Bréfritari: Þórarinn Stefánsson
Dagsetning: A-1917-01-01
Skrifað á: Vesturheimi

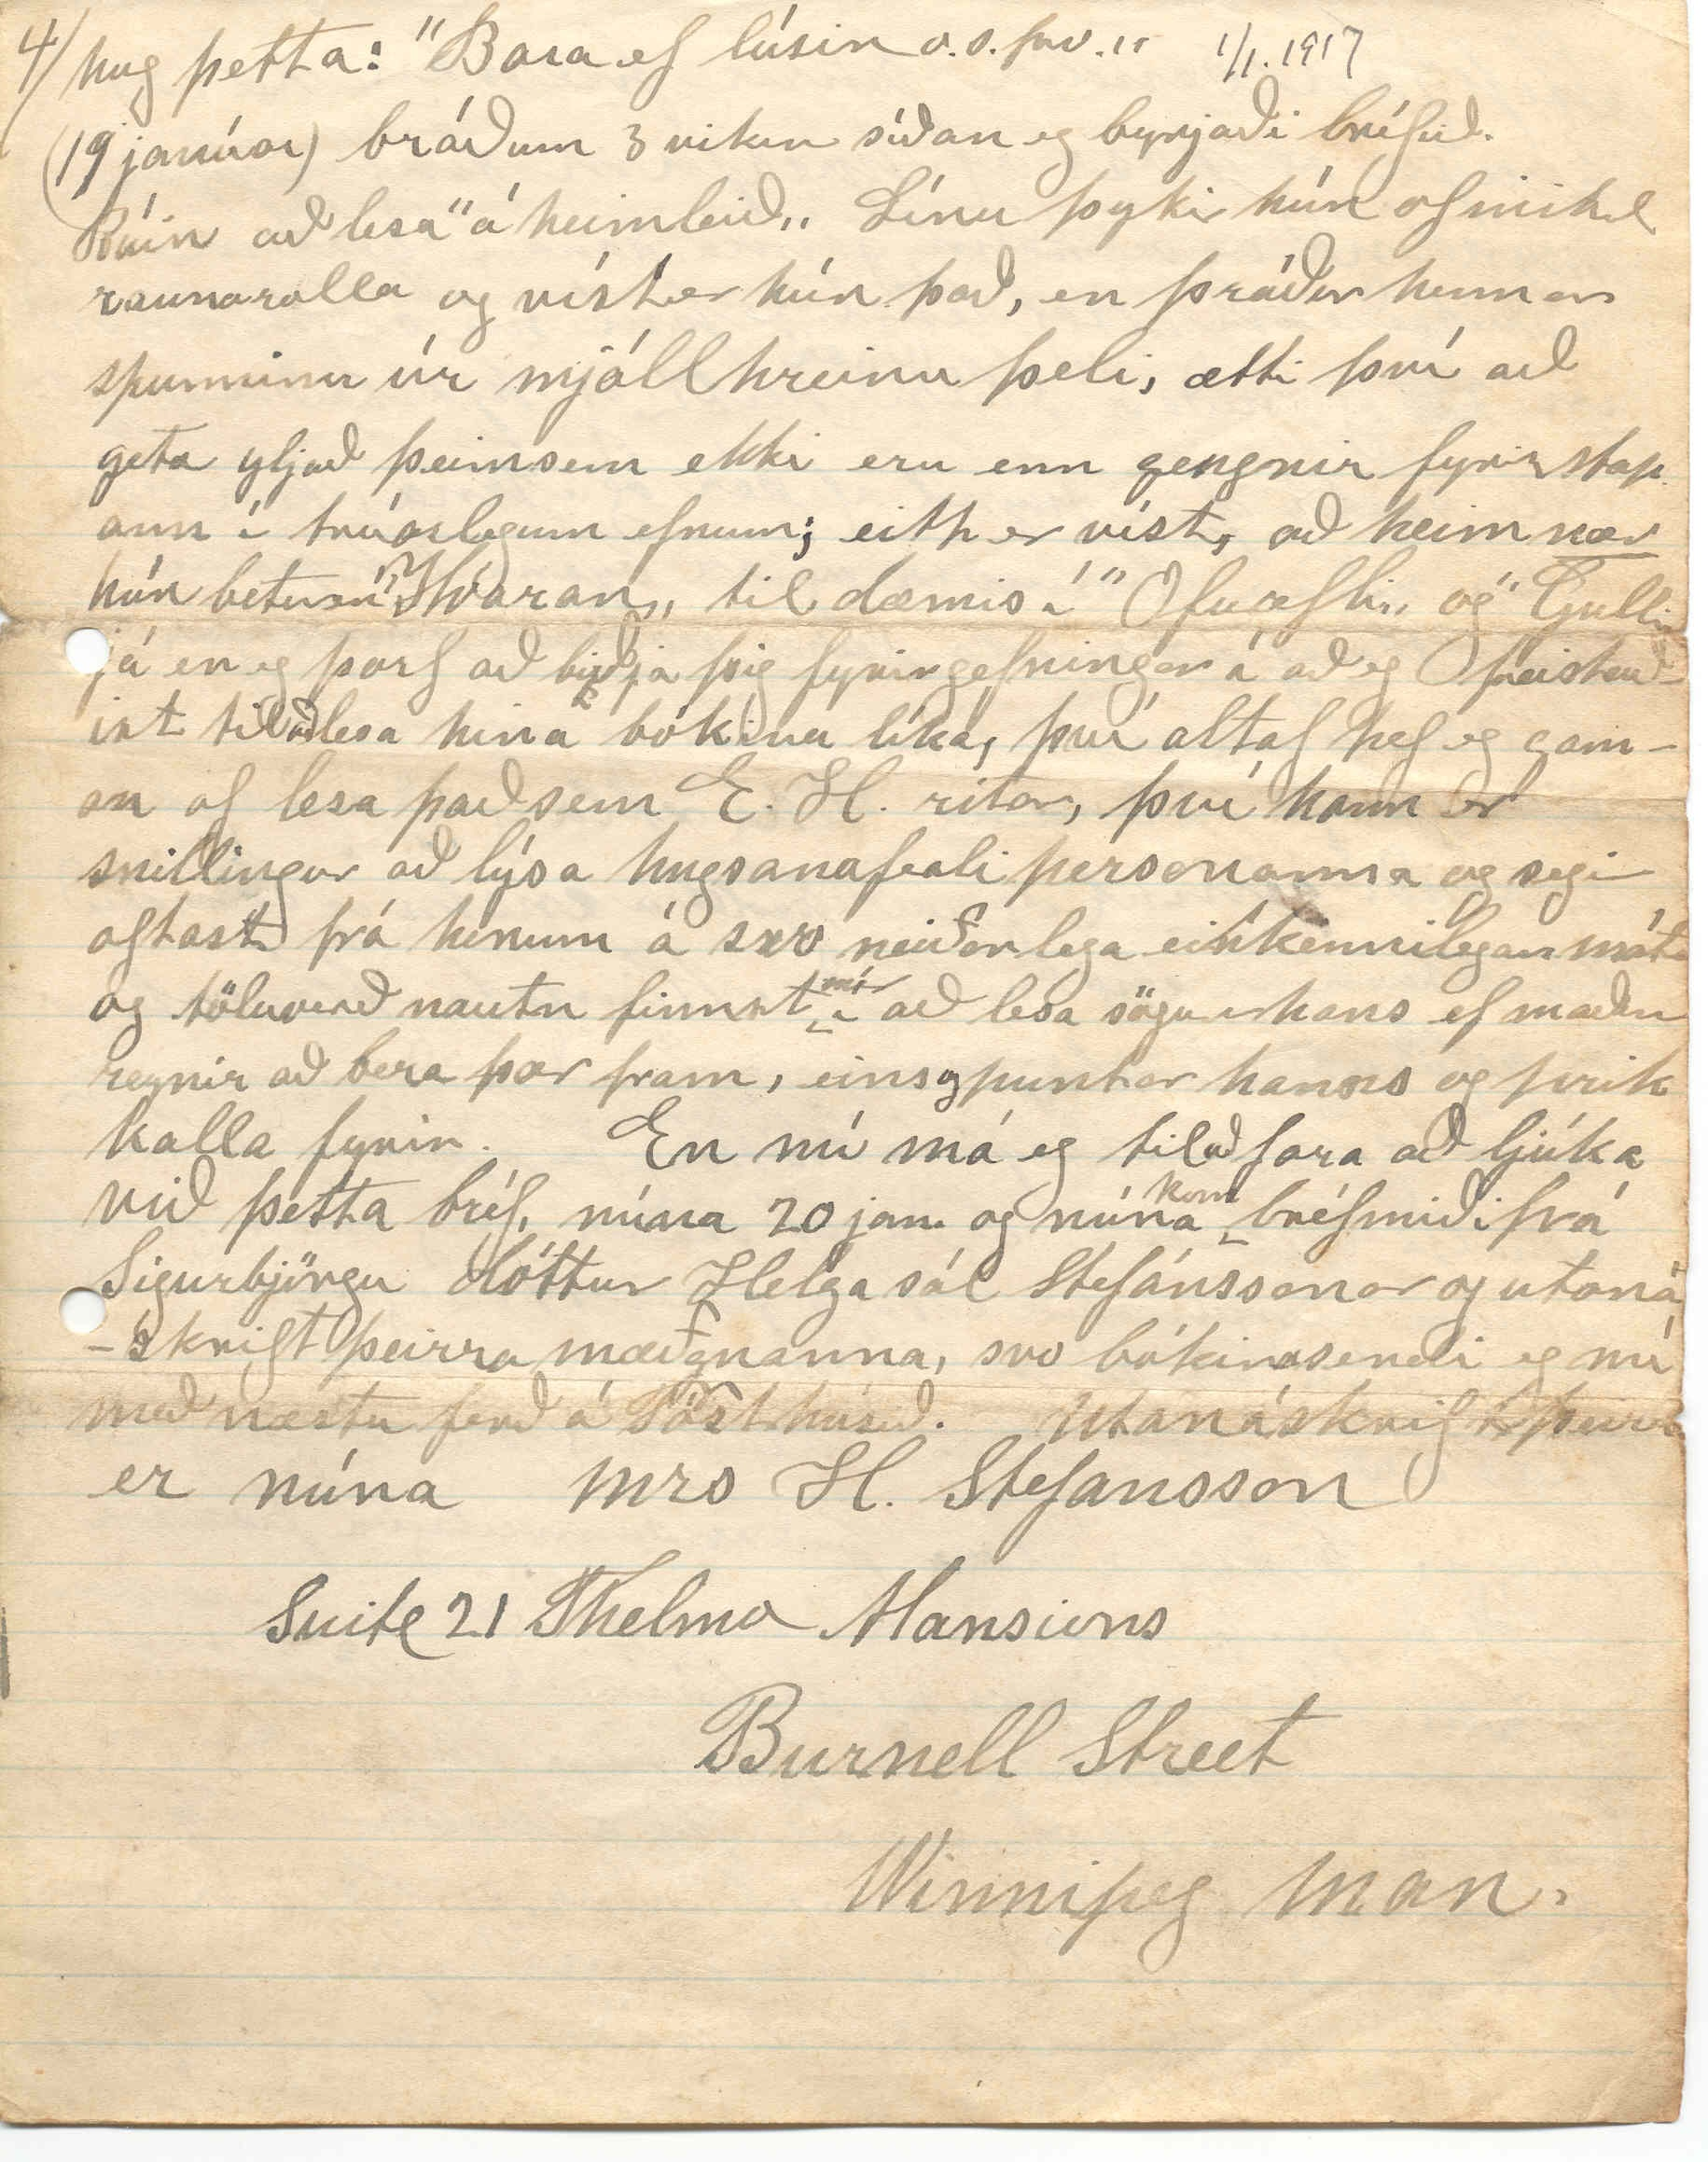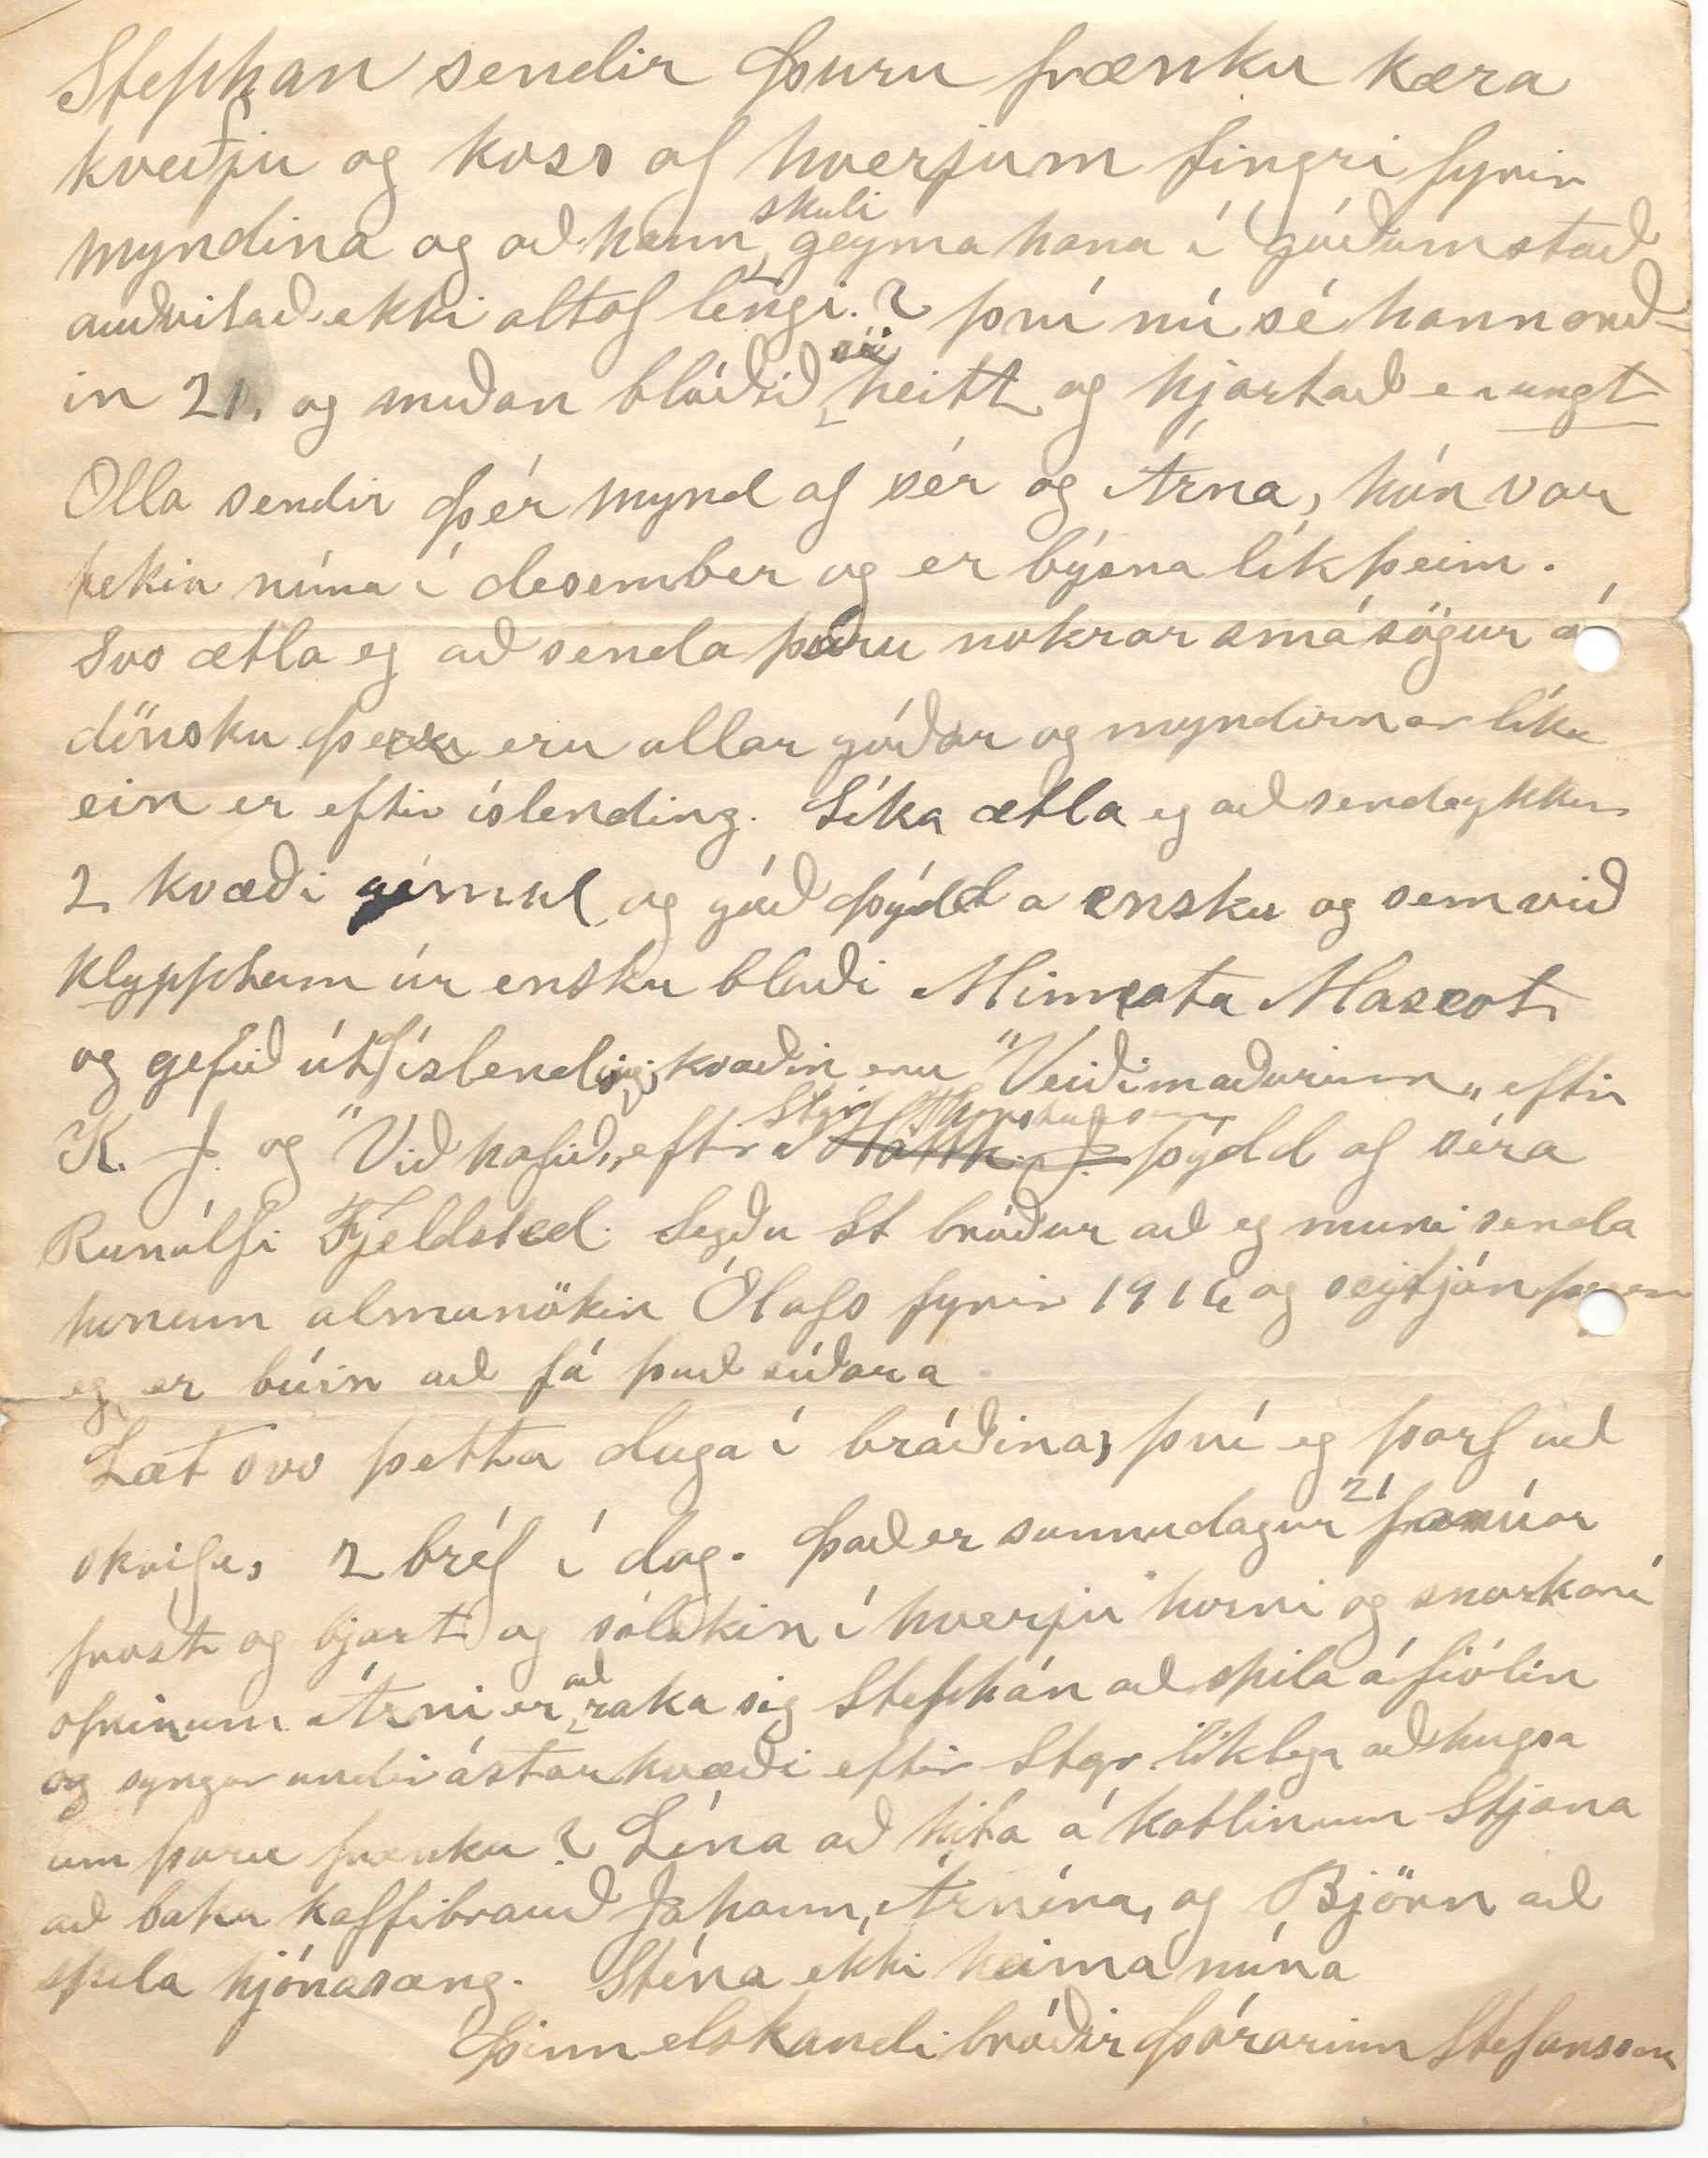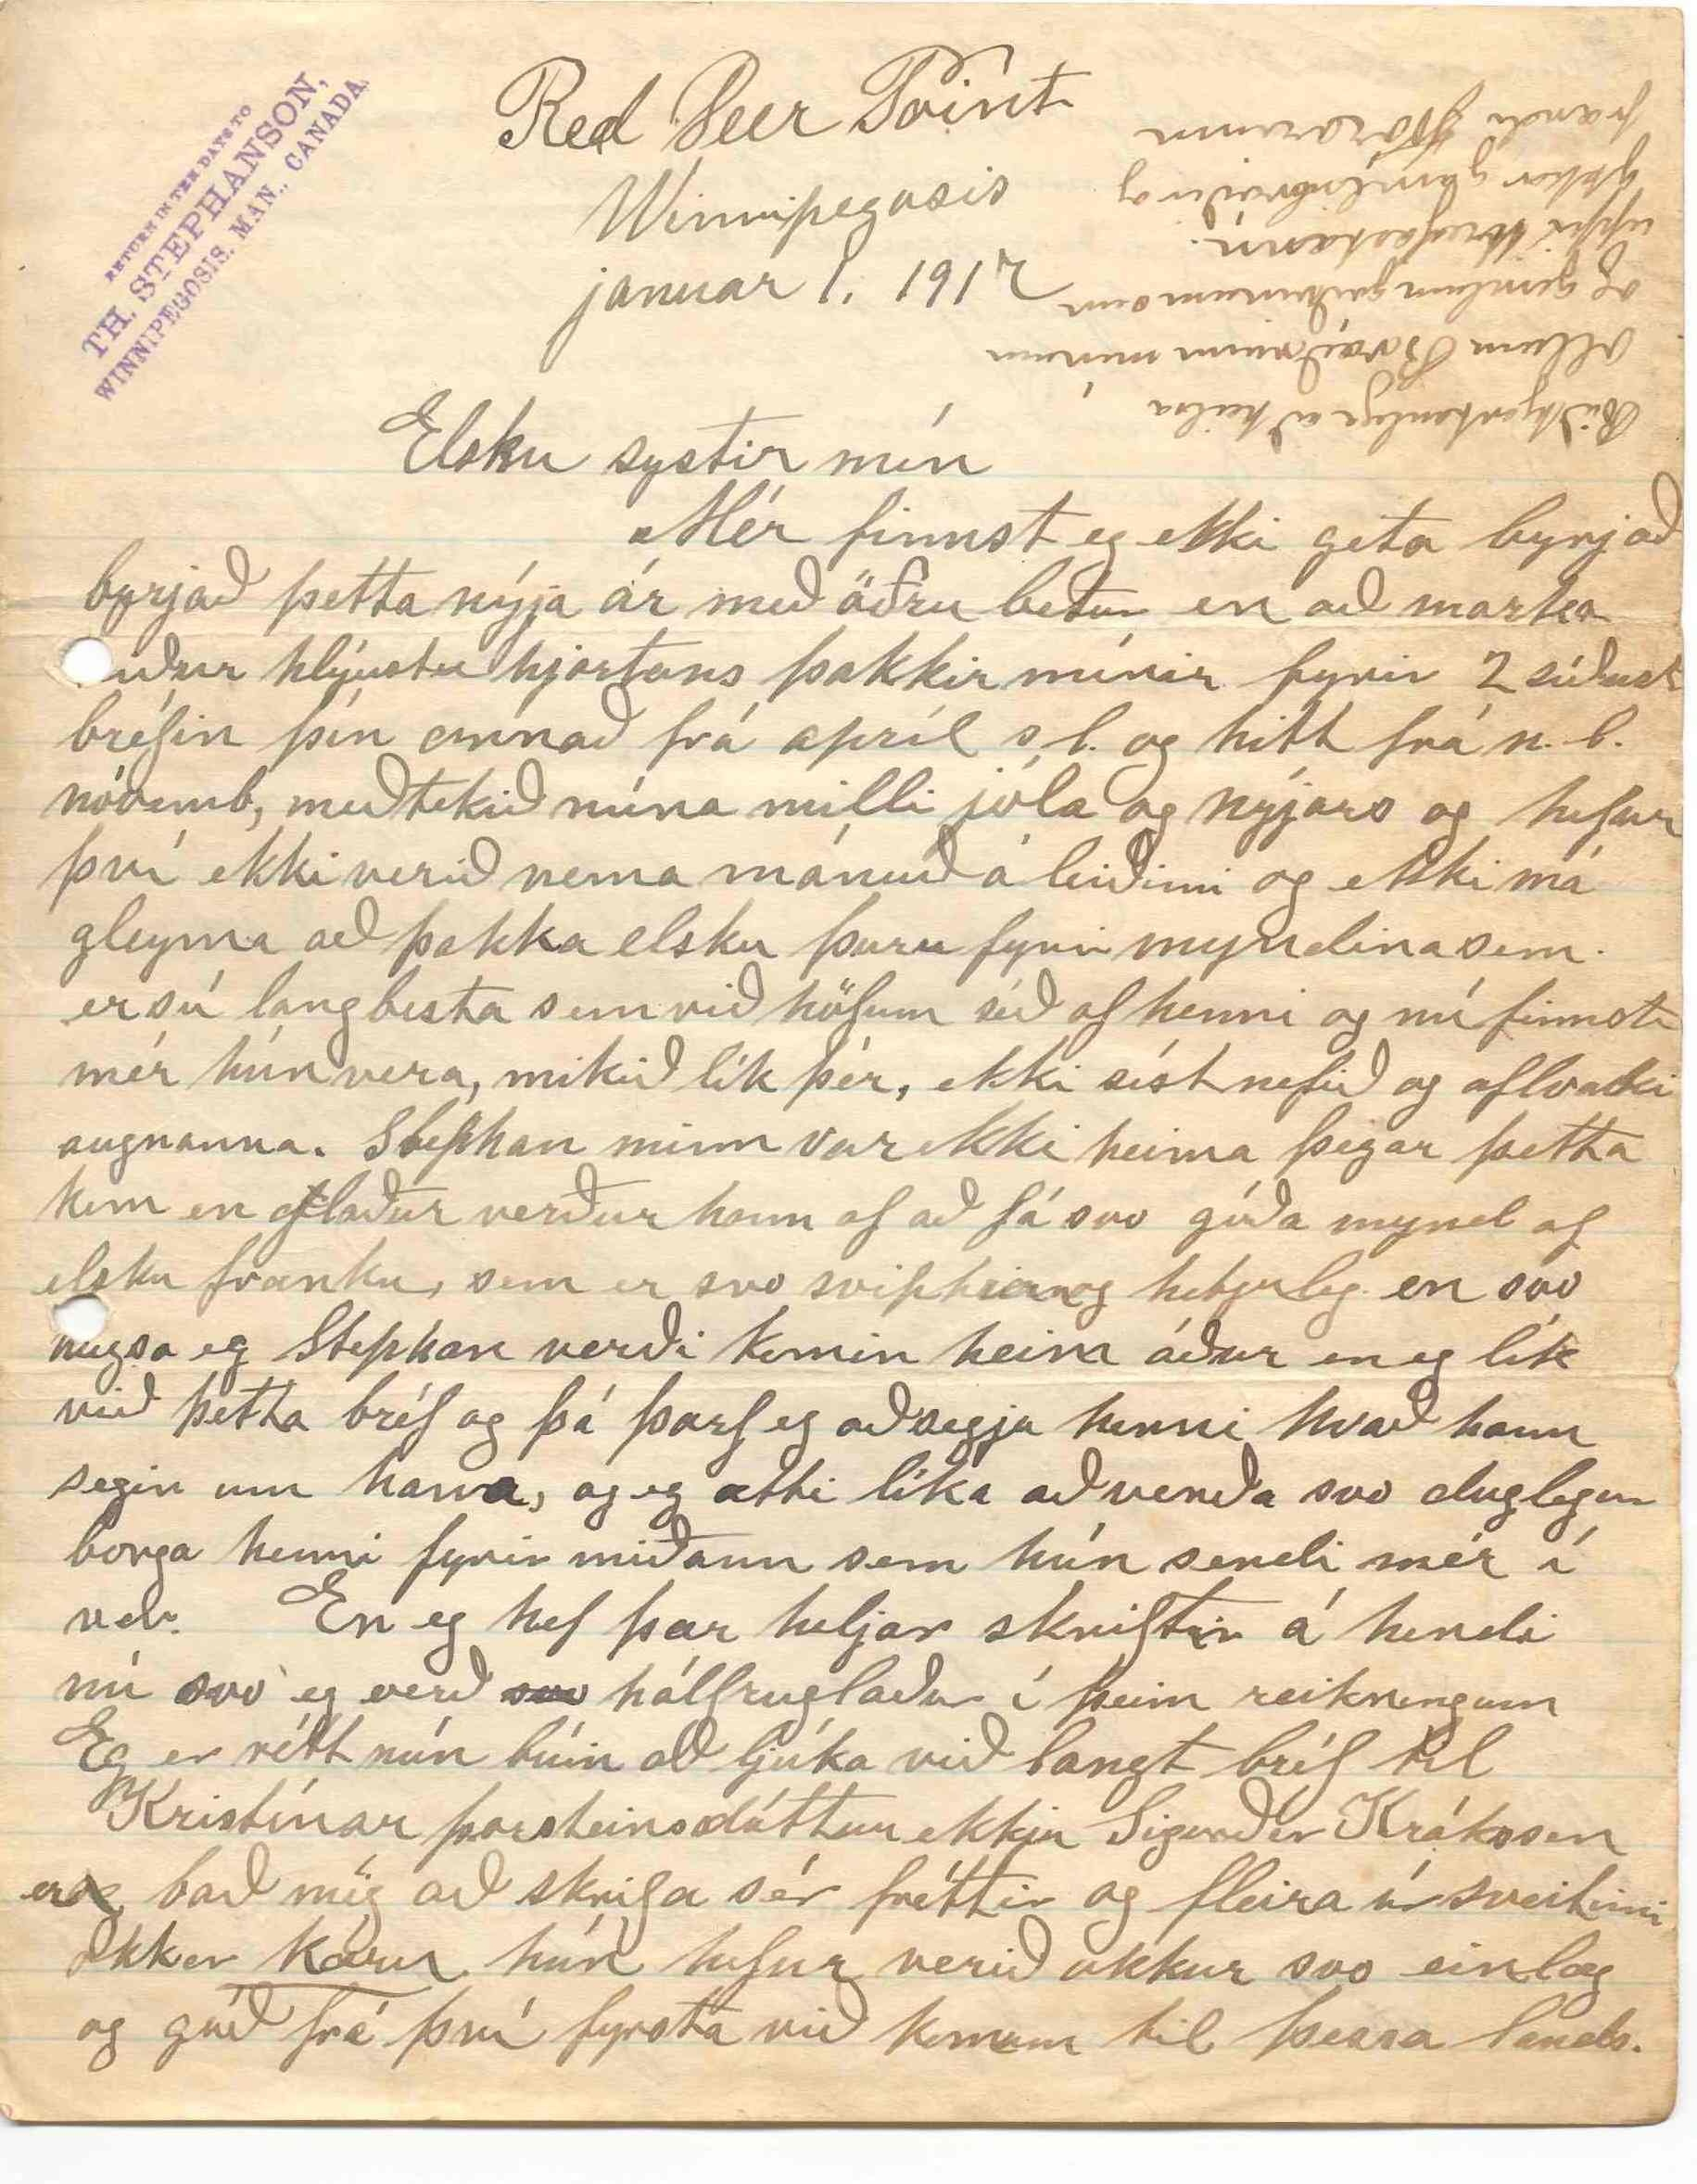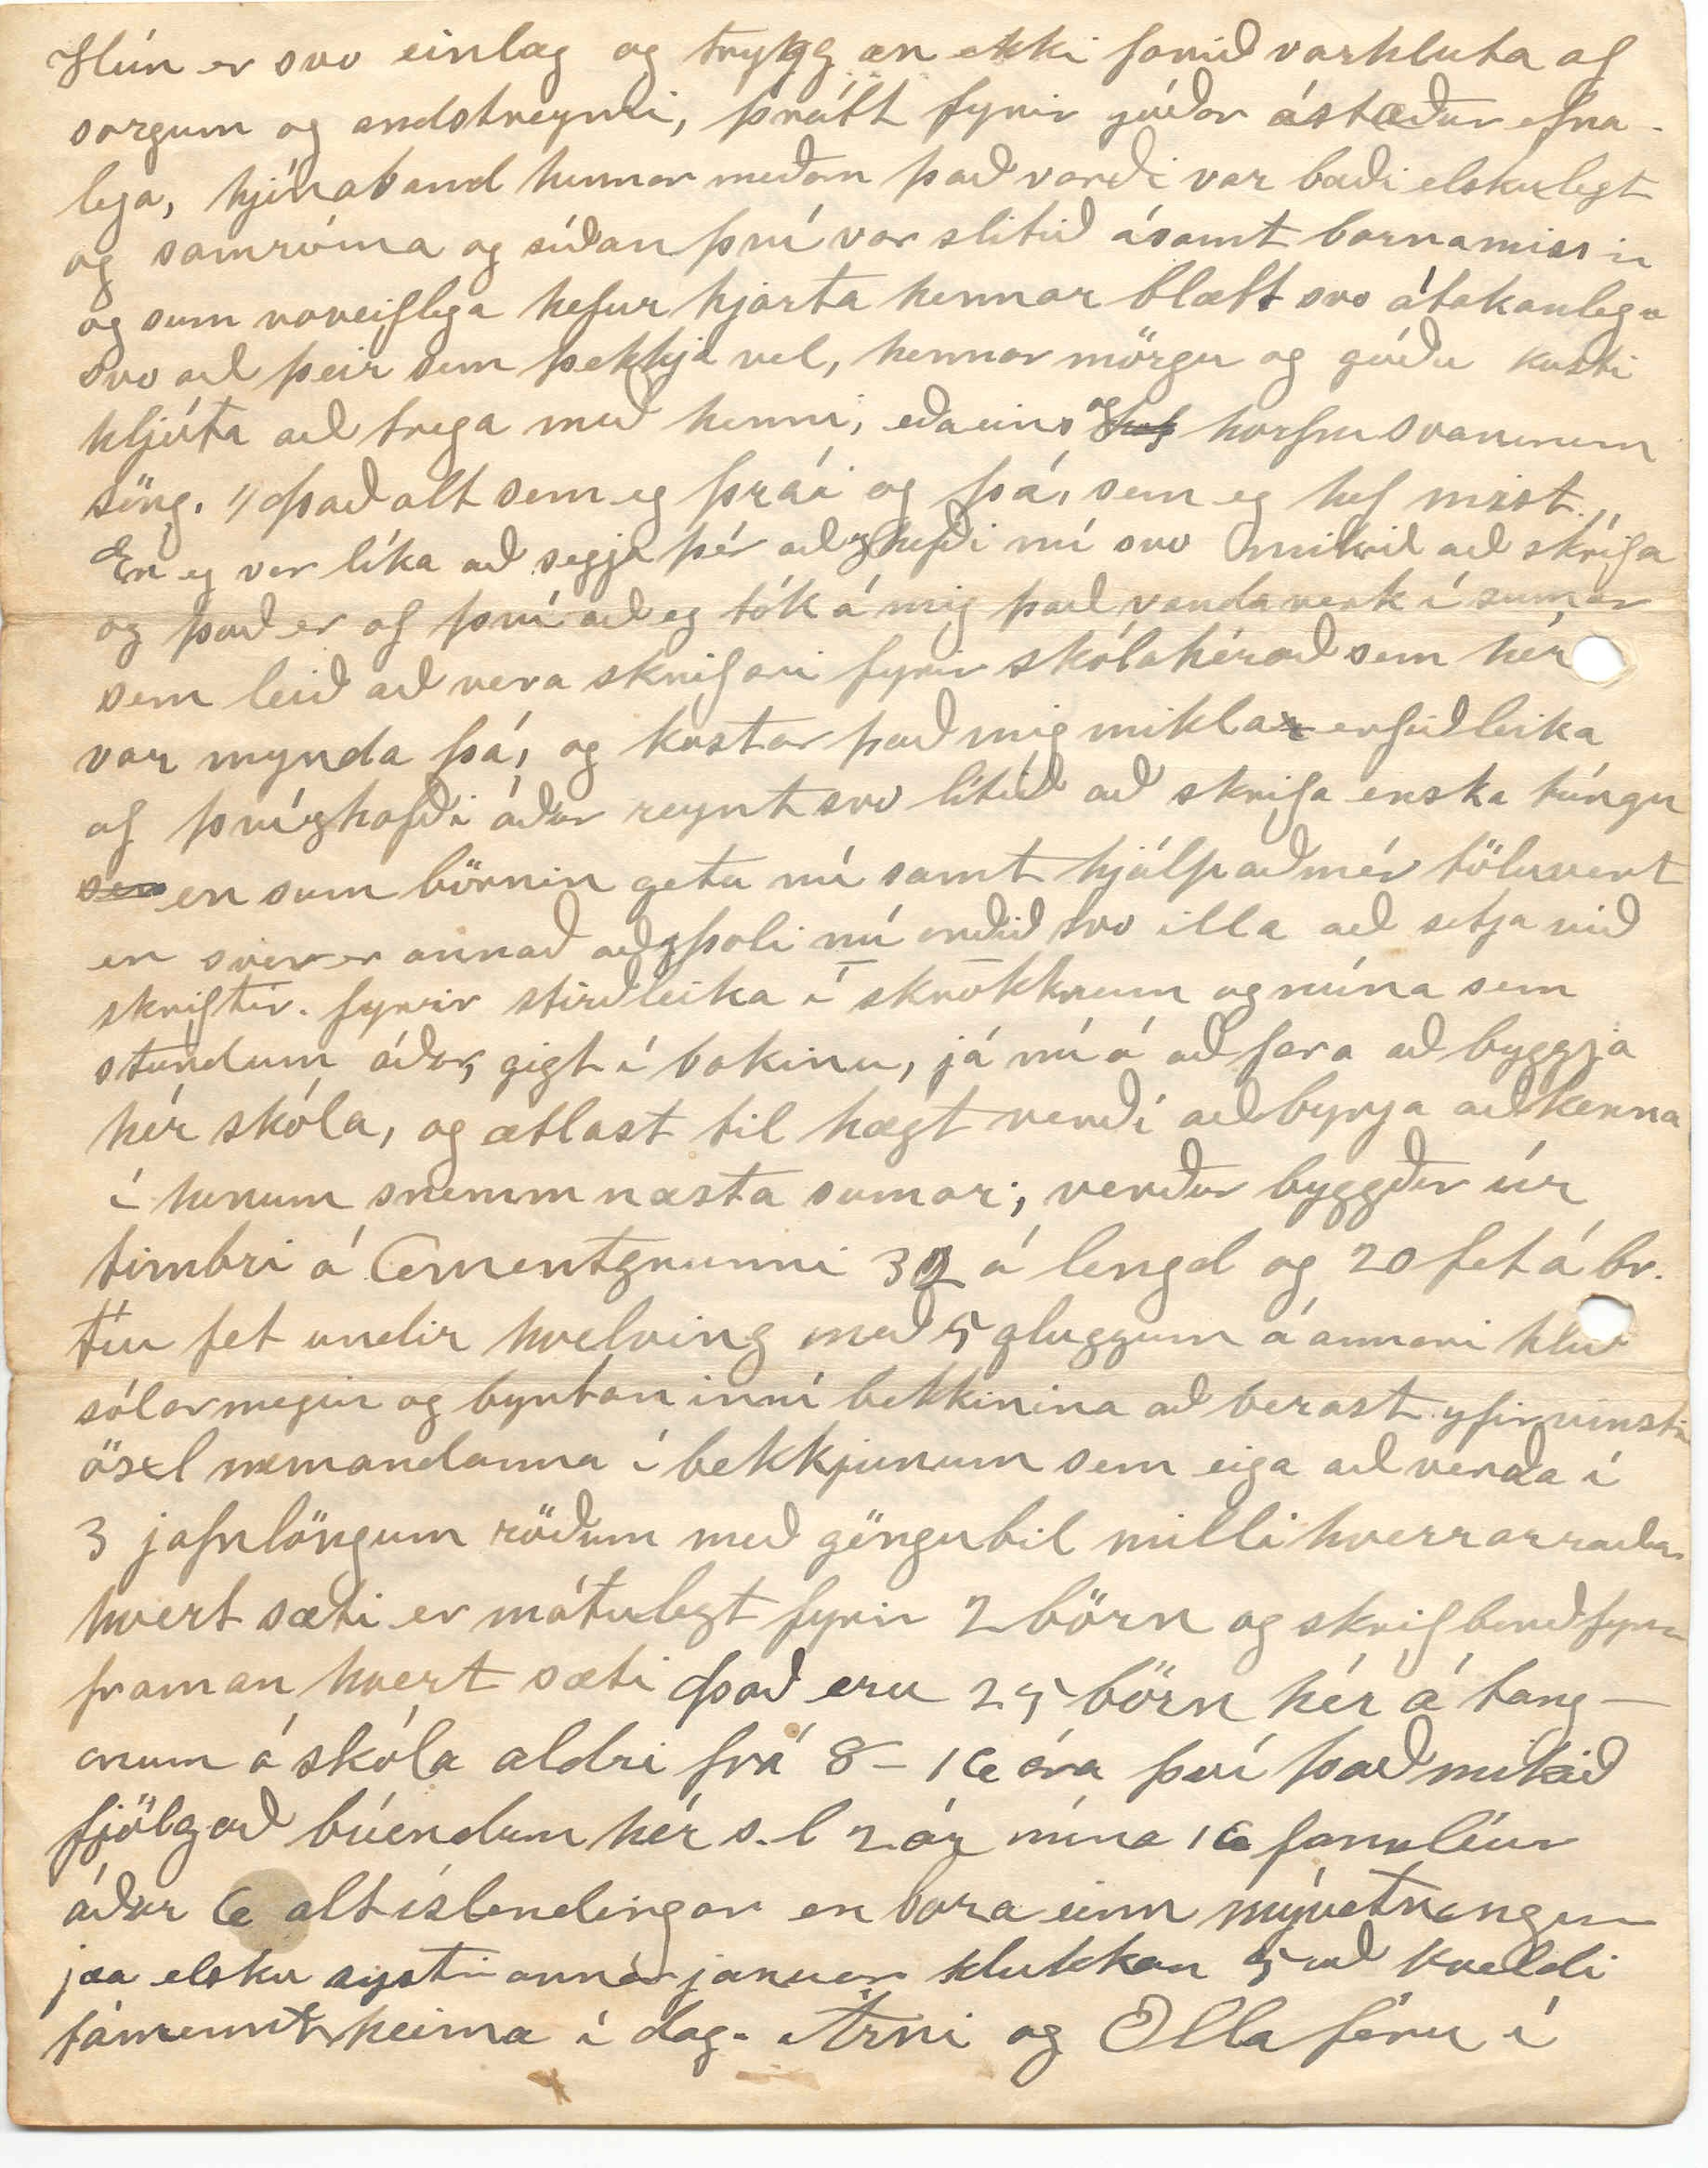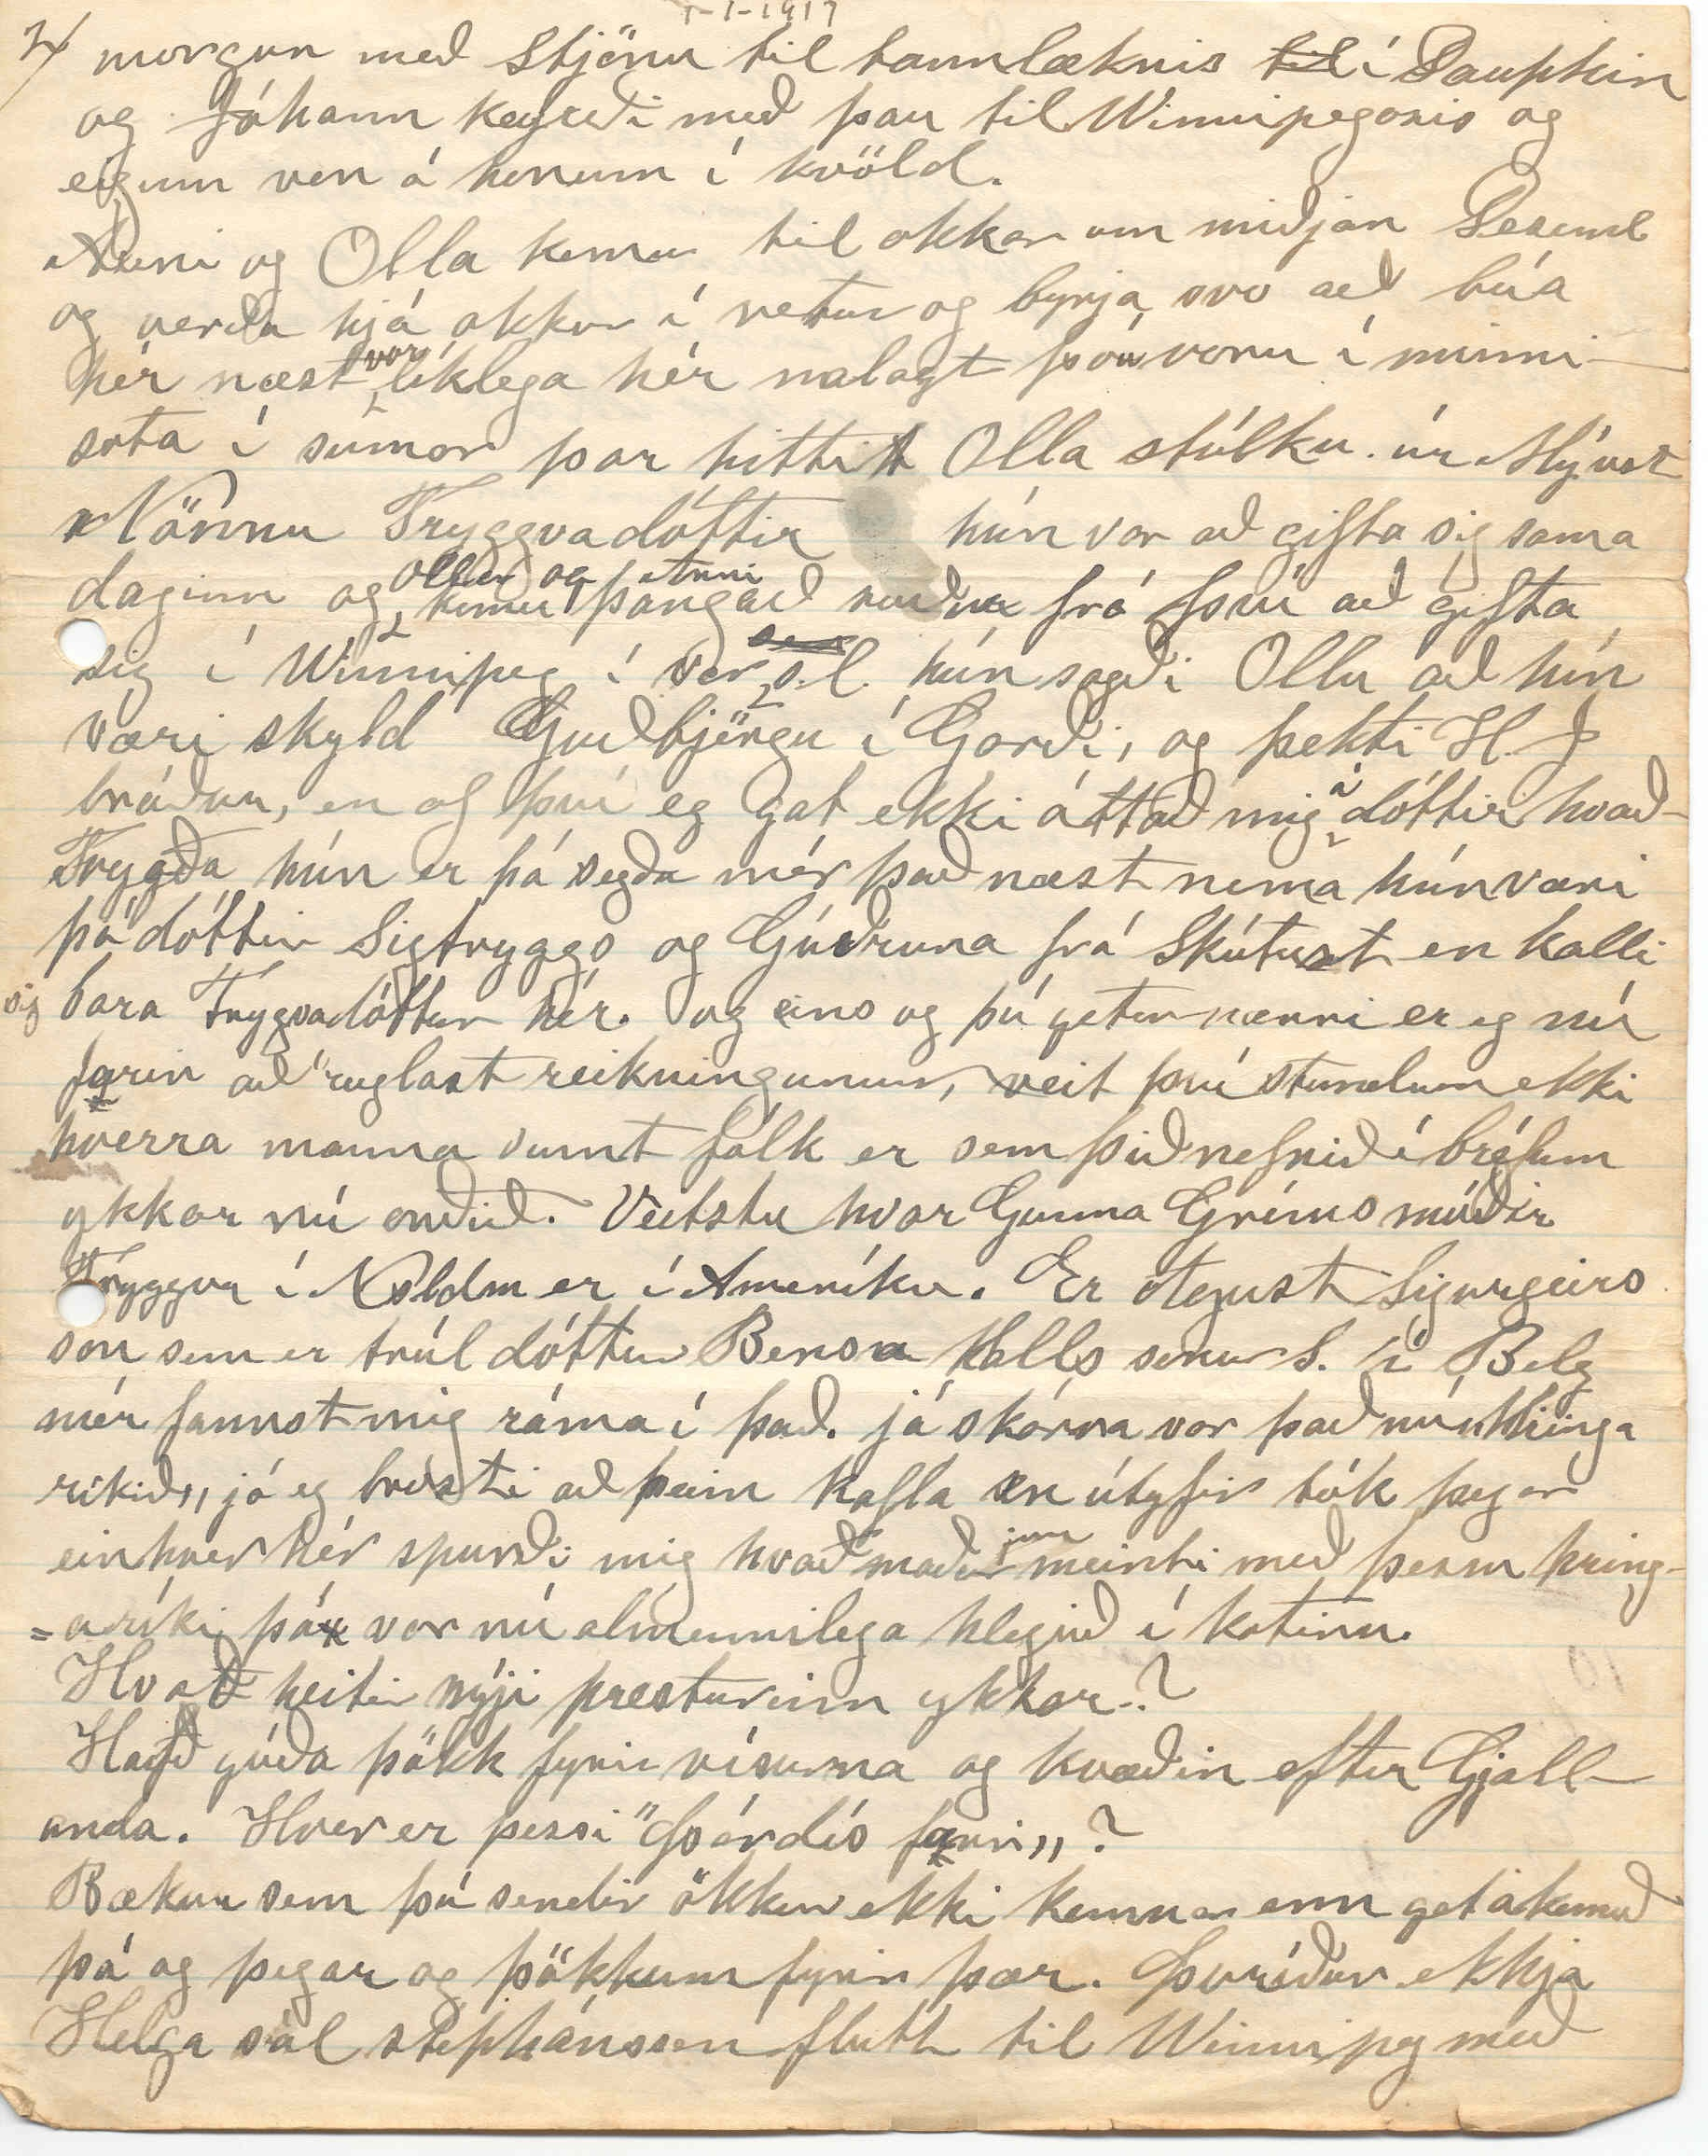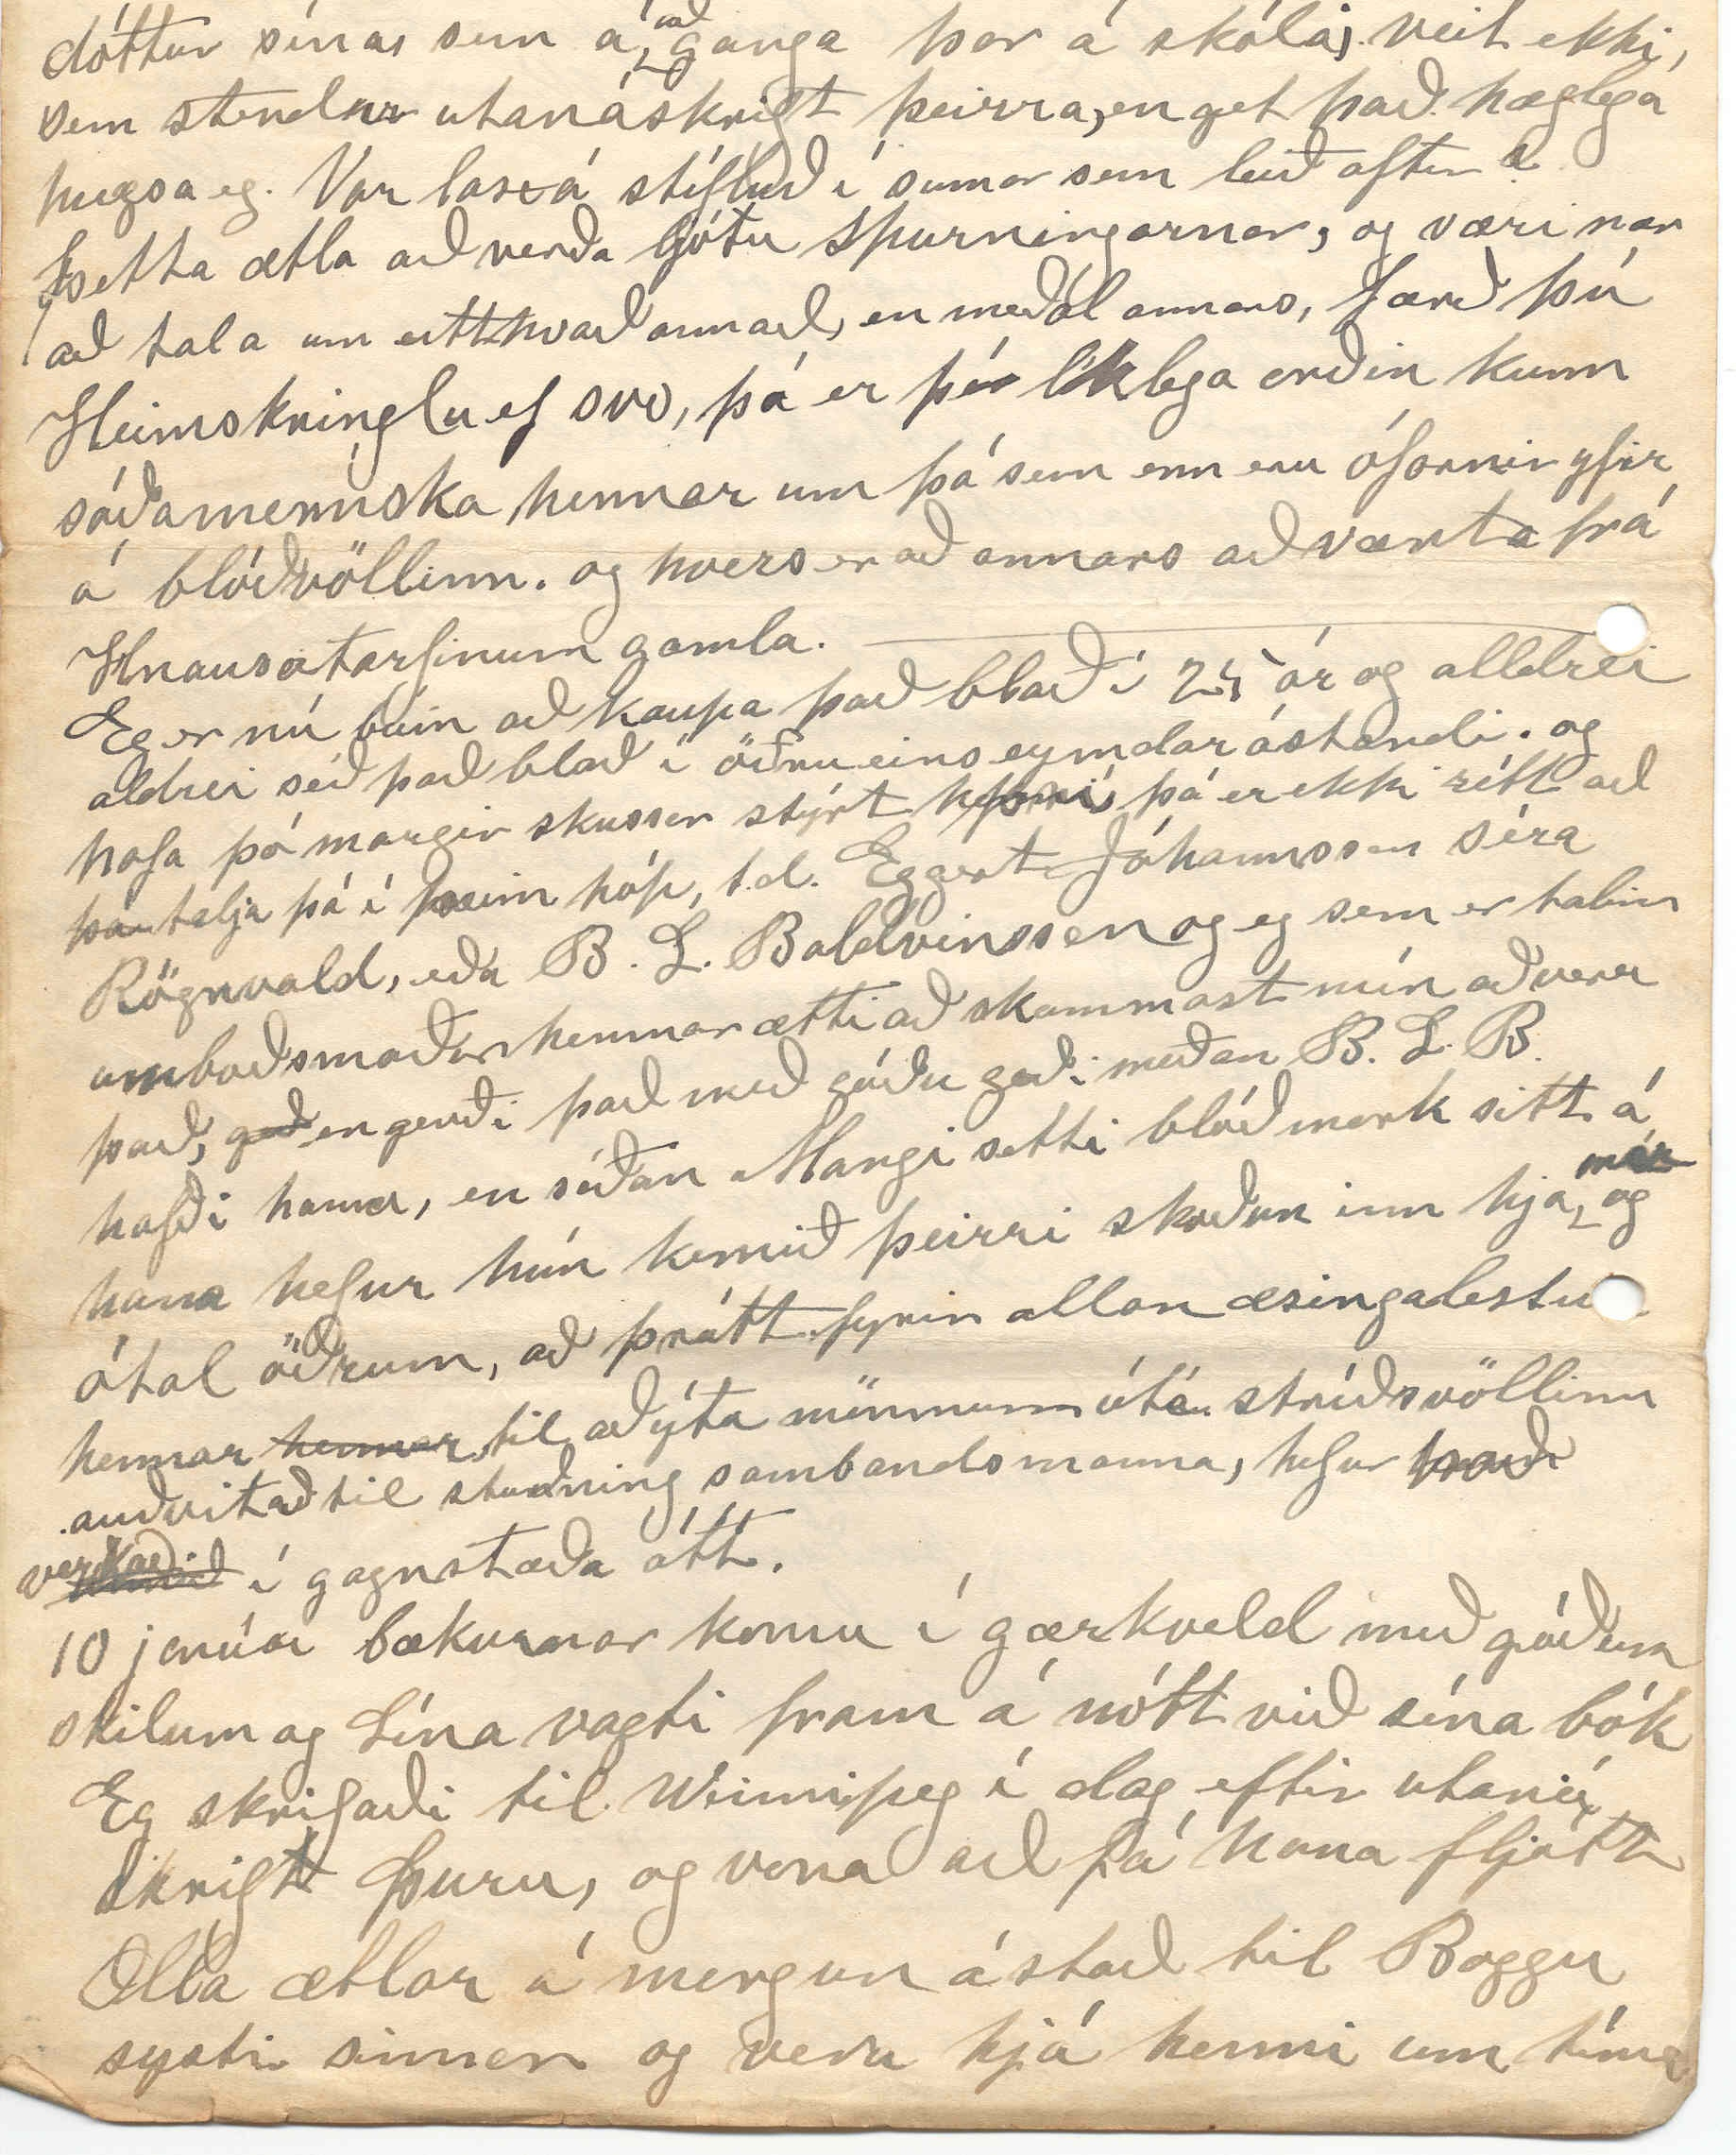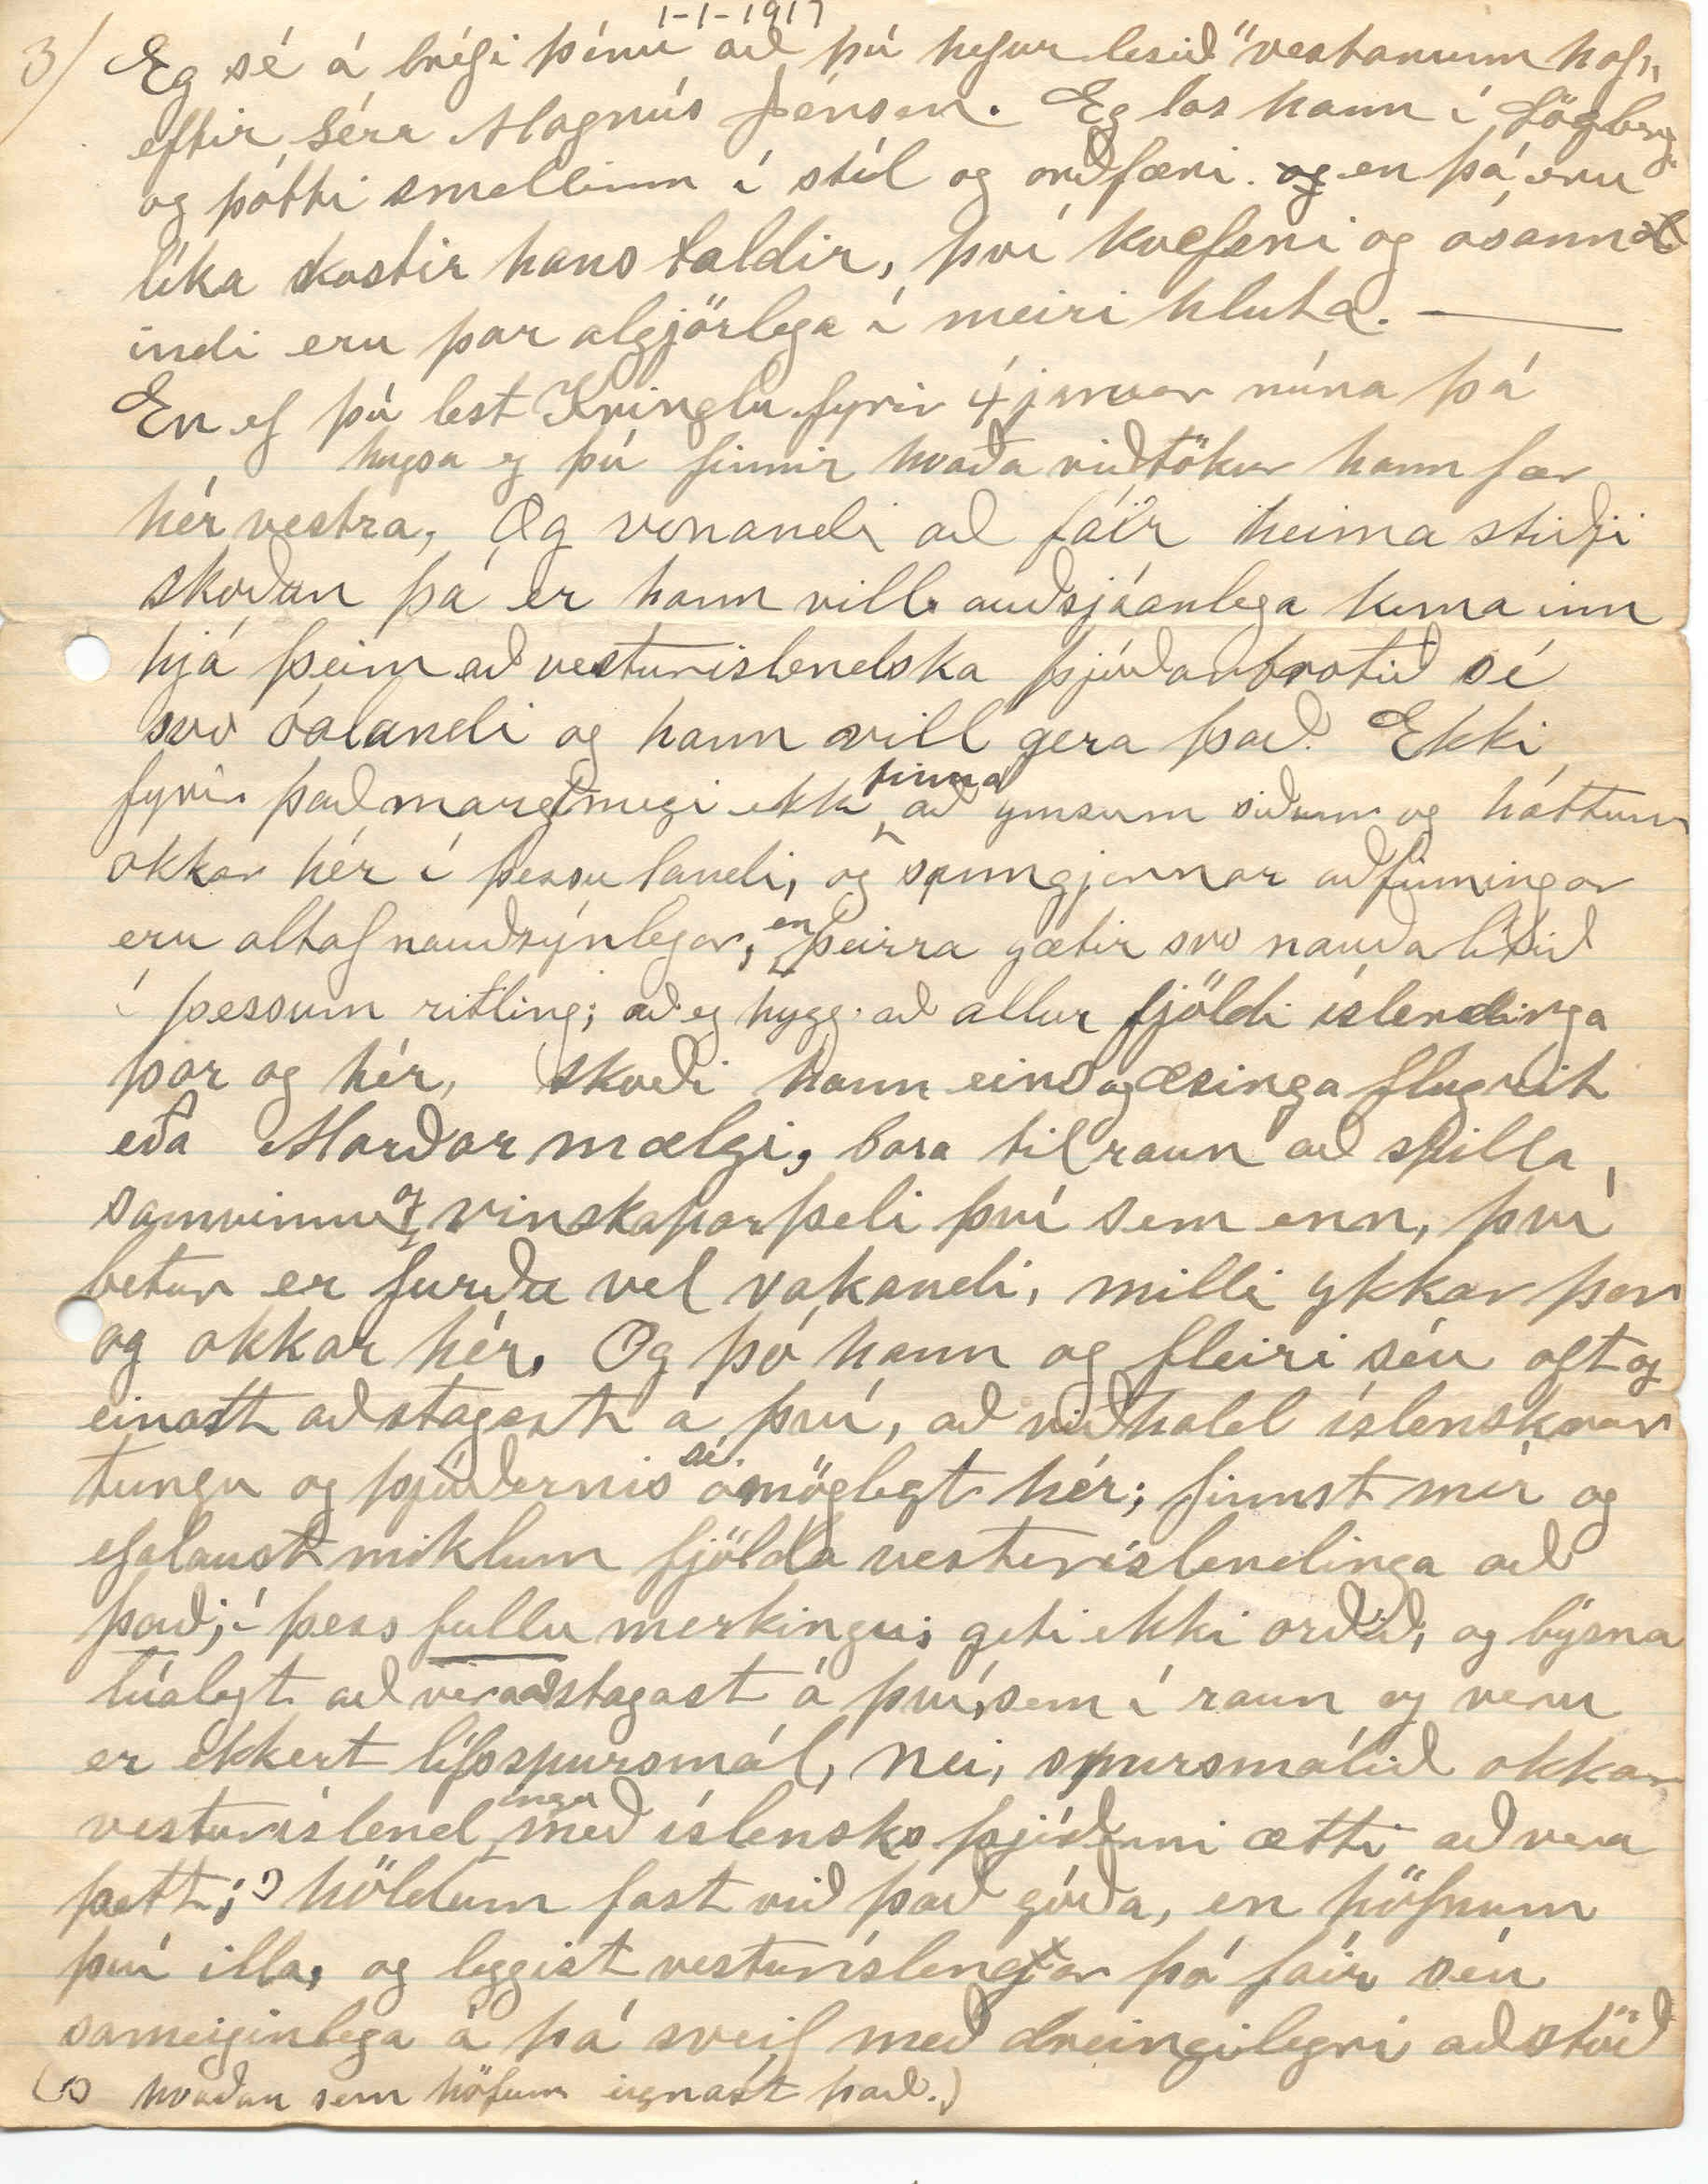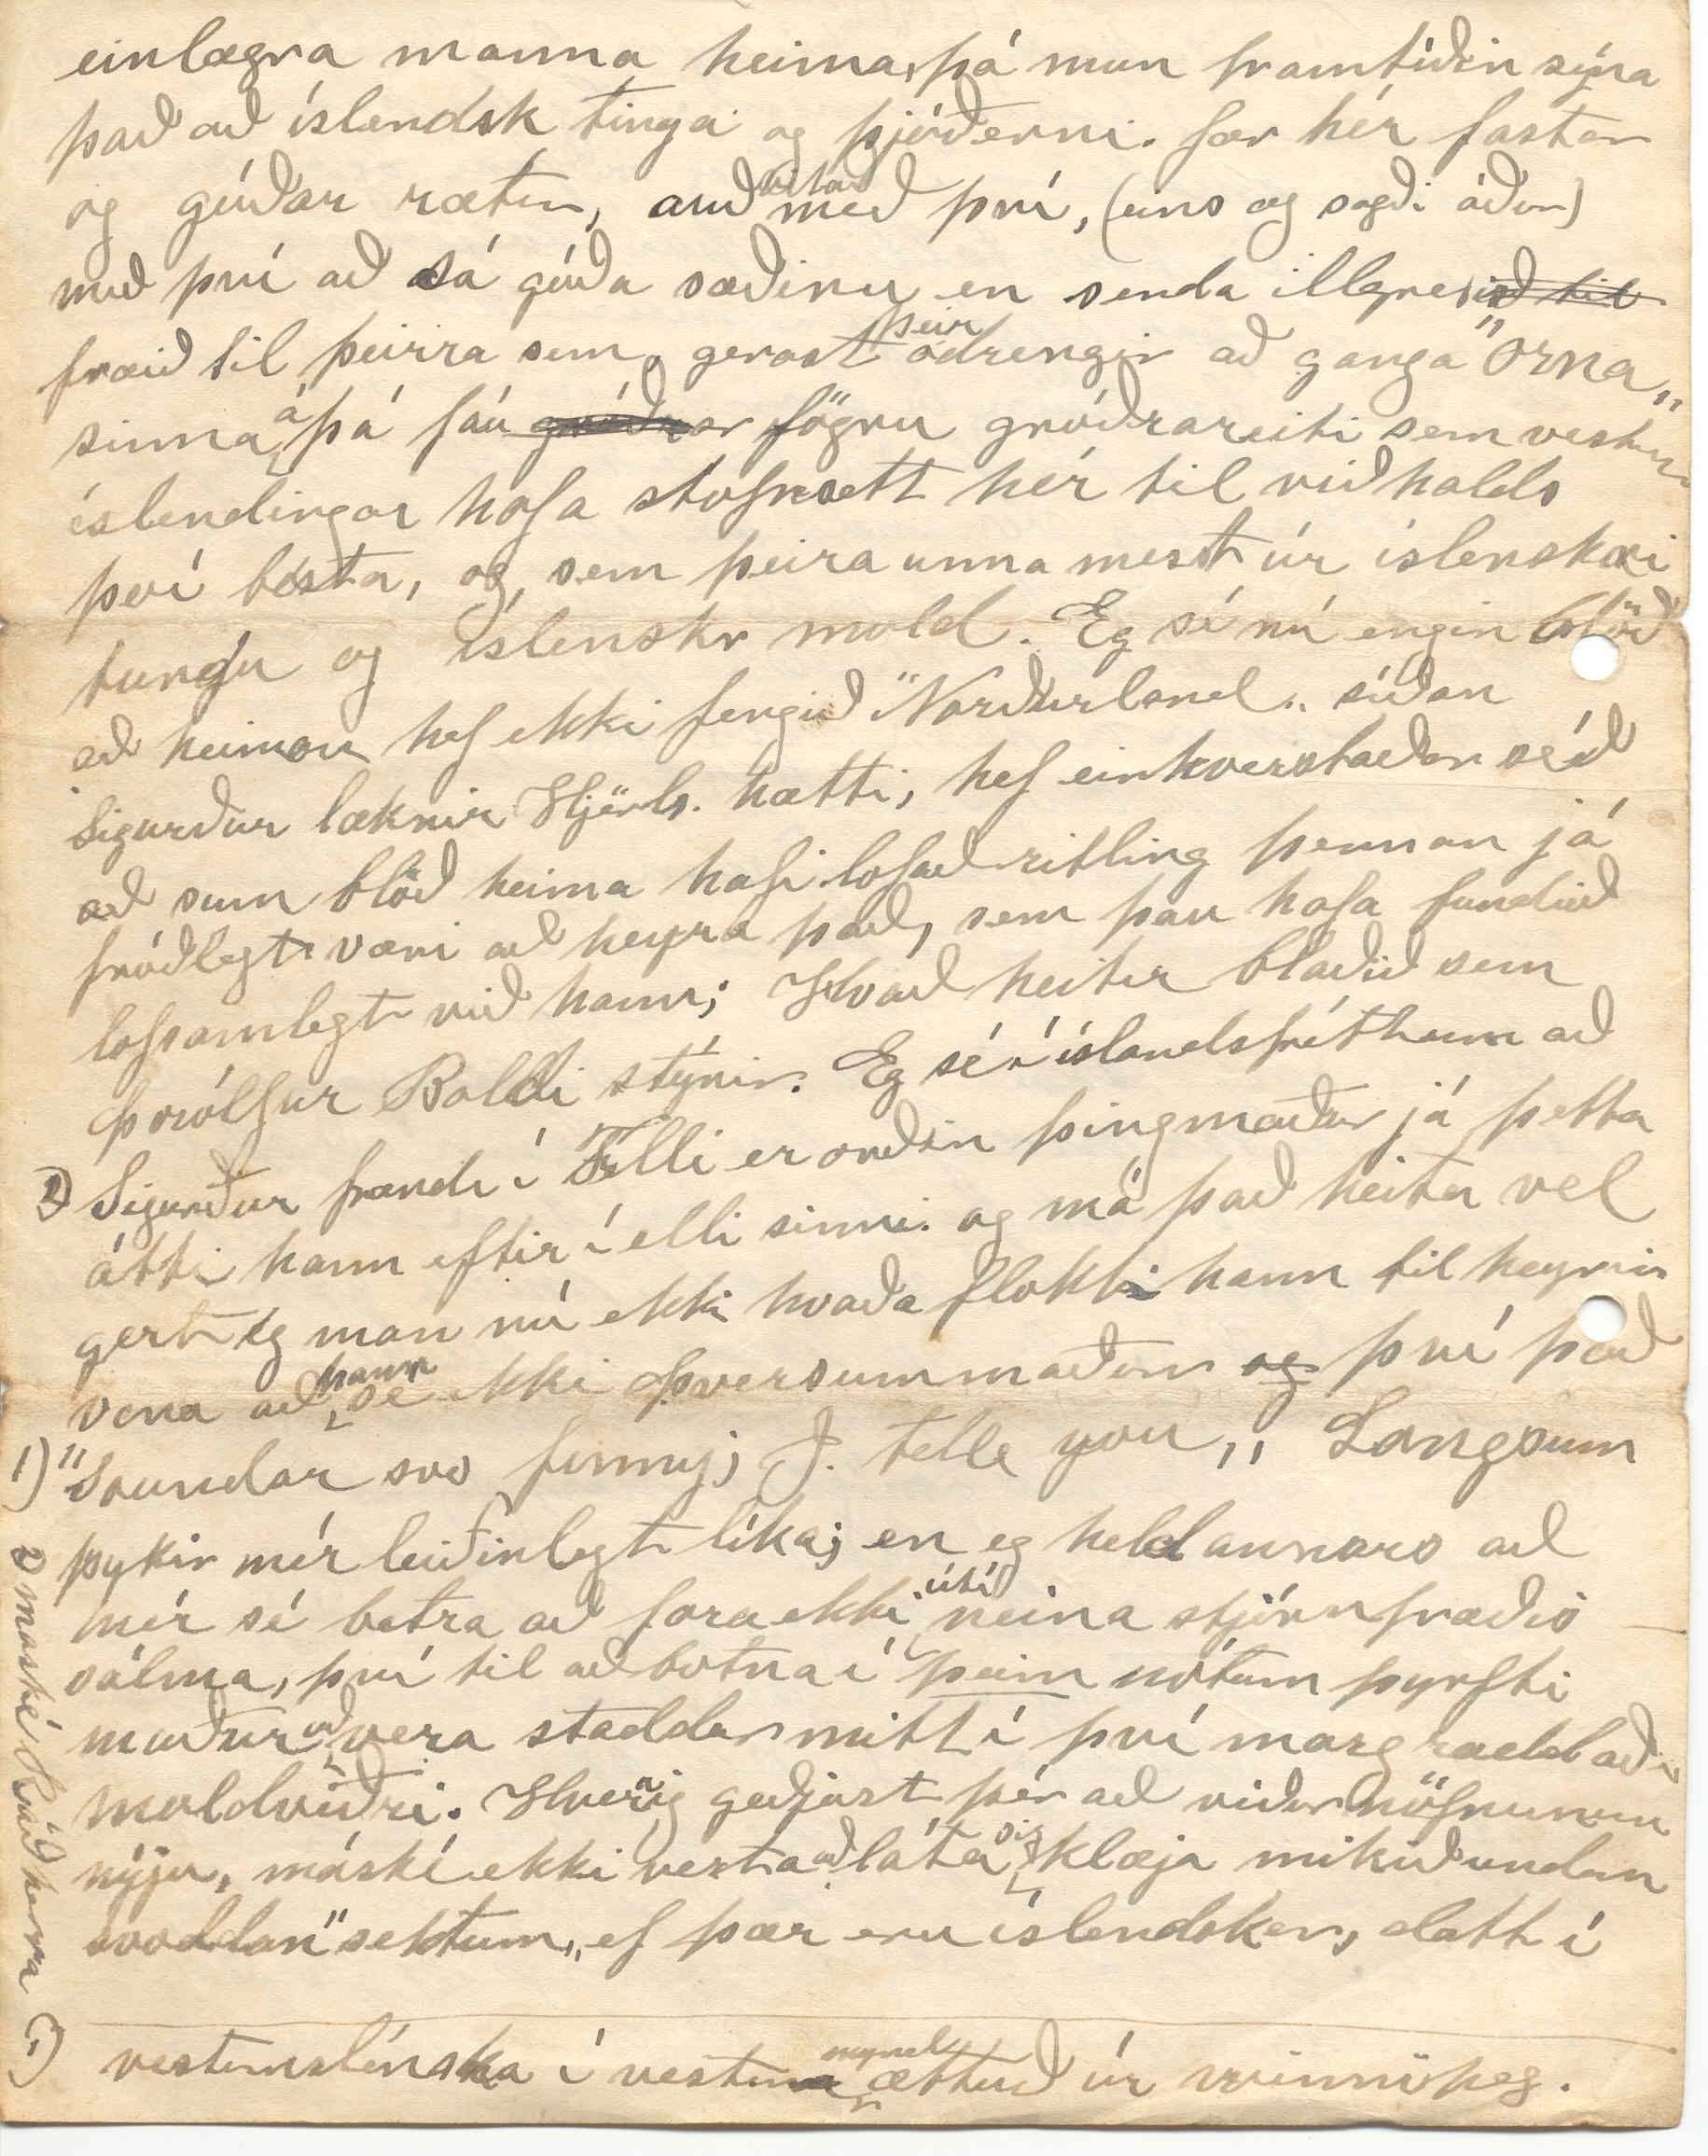

Red Deer Point
Winnipegosis
januar 1; 1917
Bið hjartanlega að heilsa ollum Bræðrum mínum og gömlum góðvinum sem uppi
hreifast enn.
ykkar gamli bróðir og frændi Þórarinn
Elsku systir mín
Mér finnst eg ekki geta byrjað byrjað þetta nýja ár með öðru betur en að marka niður hlýjustu hjartans þakkir mínir fyrir 2 síðust bréfin þín annað frá apríl sl. og hitt frá n.l. nóvemb, meðtekið núna milli jóla og nýjars og hefur því ekki verið nema mánuð á leiðinni og ekki má gleyma að þakka elsku þuru fyrir myndina sem er sú langbesta sem við höfum séð af henni og nú finnst mér hún vera, mikið lík þér, ekki síst nefið og
aflvaki
augnanna. Stephan minn var ekki heima þegar þetta kom en glaður verður hann af að fá svo góða mynd af elsku frænku, sem er svo sviphrein og hetjuleg. en svo hugsa eg Stephan verði komin heim áður en eg lík við þetta bréf og þá þarf eg að segja henni hvað hann segir um hana, og eg ætti líka að verða svo duglegur borga henni fyrir miðann sem hún sendi mér í vor. En eg hef þær heljar skriftir á hendi nú svo eg verð
svo
hálfruglaður í þeim reikningum Eg er rétt nún búin að ljúka við langt bréf til Kristínar þorsteinsdóttur ekkju Sigurðar Krákssonar bað mig að skrifa sér fréttir og fleira úr sveitinni okkar
kæru.
hún hefur verið okkur svo einlæg og góð frá því fyrsta við komum til þessa lands.
Hún er svo einlæg og trygg en ekki farið varhluta af sorgum og andstreymi, þrátt fyrir góðar ástæður efnalega, hjónaband hennar meðan það varði var bæði elskulegt og samróma og síðan því var slitið ásamt barnamissir og sum voveiflega hefur hjarta hennar blætt svo átakanlega svo að þeir sem þekkja vel, hennar mörgu og góðu kosti hljóta að trega með henni, eða eins og
hof
horfni
svanurinn
söng. "Það alt sem eg þrái og þá, sem eg hef mist.„
En eg var líka að segja þér að eg hefði nú svo mikið að skrifa og það er af því að eg tók á mig það vandaverk í sumar sem leið að vera skrifari fyrir skólahérað sem hér var mynda þá, og kostar það mig mikla
r
erfiðleika af því eg hafði áður reynt svo lítið að skrifa enska túngu
sem
en sum börnin geta nú samt hjálpað mér töluvert en svo
r
er annað að eg þoli
nú orðið
svo illa að sitja við skriftir. fyrir stirðleika í skrokknum og núna sem stundum áður, gigt í bakinu, já nú á að fara að byggja hér skóla, og ætlast til hægt verði að byrja að kenna í honum snemm næsta sumar; verður byggður úr timbri á cementgrunni 30 á lengd og 20 fet á br. tíu fet undir hvelving með 5 gluggum á annari hlið sólarmegin og byrtan inní bekkinina að berast yfir vinstri öxl nemandanna í bekkjunum sem eiga að
verða
í 3 jafnlöngum röðum með göngubil milli hverrar raðar hvert sæti er mátulegt fyrir 2 börn og skrifborð fyrir framan hvert sæti Það eru 25 börn hér á tanganum á skóla aldri frá 8 – 16 ára því það mikið fjölgað búendum hér s.l 2 ár núna 16 familíur áður 6 alt íslendingar en bara einn mývetningur
jæa elsku systir annar januar klukkan 5 að kveldi. fámennt heima í dag. Árni og Olla fóru í
morgun með Stjönu til tannlæknis
til
í Dauphin og Jóhann keyrði með þau til Winnipegosis og eigum von á honum í kvöld.
Árni og Olla komu til okkar um miðjan Desemb og verða hjá okkur í vetur og byrja svo að búa hér næst vor líklega hér nalægt
þaú
voru í minnisota í sumar þar hitti
t
Olla stúlku úr Mývst Nönnu Tryggvadóttir hún var að gifta sig sama daginn og
Olla og Árni
komu þangað suður frá því að gifta sig í Winnipeg í vor s.l. hún sagði Ollu að hún væri skyld Guðbjörgu í Garði, og þekkti H.J bróður, en af því eg gat ekki áttað mig
á
dóttir hvaða Trygða hún er þá segðu mér það næst nema hún væri þá dóttir Sigrtyggs og Gúðruna frá Skútust en kalli sig bara Trygvadóttur hér. og eins og þú getur nærri er eg nú farin að ruglast reikningunum, veit því stundum ekki hverra manna sumt fólk er sem þið nefnið í bréfum ykkar nú orðið. Veitstu hvor Gunna Gríms móðir Tryggva í Nsldm er í Ameríku. Er Agust Sigurgeirsson sem er trúl dóttur Bensa Halls sonur S. í Belg mér fannst mig ráma í það. já skárra var það nú „Hringaríkið„ já eg brosti að þeim kafla en útyfir tók þegar einhver hér spurði mig hvað maður
inn
meinti með þessu kringaríki þá var nú almennilega hlegið í kotinu.
Hvað heitir nýji presturinn ykkar?
Hafð góða þökk fyrir vísuna og kvæðin eftir Gjallanda. Hver er þessi "Þórdís
fyrri
„?
Bækur sem þú sendir okkur ekki komnar enn geta komið þá og þegar og þökkum fyrir þær. Þuríður ekkja Helga sál stephánsson flutt til Winnipeg með
dóttur sína, sem á
að
ganga þar á skóla; veit ekki, sem stendur utanáskrift þeirra, en get það hæglega hugsa eg. Var laxá stífluð í sumar sem leið aftur?
Þetta ætla að verða Góðu spurningarnar, og væri nær að tala um eitthvað annað, en meðal annars, færð þú Heimskringlu ef svo, þá er þér líklega orðin kunn sóðamennska hennar um þá sem enn eru ófarnir yfir á blóðvöllinn. og hvers er að annars að vænta frá Hnausatarfinum gamla.
Eg er nú búin að kaupa það blað í 25 ár og alldrei aldrei séð það blað í öðru eins eymdarástandi. og hafa þó margir skussar stýrt
h0000
því þó er ekki rétt að
þa
telja þá í þeim hóp, t.d. Eggert Jóhannsson séra Rögnvald, eða B. L. Baldvinsson og eg sem er talin umboðsmaður hennar ætti að skammast mín að vera það,
g0ð
en gerði það með góðu geði meðan B. L. B. hafði hana, en síðan Mangi setti blóðmark sitt á hana hefur hún komið þeirri skoðun inn hja
mér
og ótal öðrum, að þrátt fyrir allan æsingalestur hennar
hennar
til að ýta mönnum útá stríðsvöllinn auðvitað til stuðning sambandsmanna, hefur það verkað
000ið
í gagnstæða átt.
10 janúar bækurnar komu í gærkveld með góðum skilum og Lína vagti fram á nótt við sína bók Eg skrifaði til Winnipeg í dag eftir utaná skrift Þuru, og vona að fá hana fljótt Olla ætlar á morgun á stað til Boggu systir sinnar og vera hjá henni um tíma
Eg sé á bréfi þínu að þú hefur lesið "vestanum haf„ eftir séra Magnús Jónson. Eg las hann í Lögbrg og þótti smellinn í stíl og orðfæri.
og
en þá eru líka kostir hans taldir, því kvefsni og ósannindi eru þar algjörlega í meiri hluta.
En ef þú lest Kringlu fyrir
4
januar núna þá hugsa eg þú finnir hvaða viðtökur hann fær hér vestra, og vonandi að fáir heima stiðji skoðun þá er hann vill auðsjáanlega koma inn hjá þeim að vesturislendska þjóðarbrotið sé svo óalandi og hann vill gera það. Ekki fyrir það margt megi ekki
finna
að ymsum siðum og háttum okkar hér í þessu landi, og sanngjarnar aðfinningar eru alltaf nauðsýnlegar,
en
þeirra gætir svo nauða lítið í þessum ritling; að eg hygg að allur fjöldi íslendinga þar og hér, skoði hann eins og æsinga flugrit eða Marðar mælgi, bara tilraun að spilla samvinnu
og
vinskaparþeli því sem enn, því betur er furðu vel vakandi, milli ykkar þar og okkar hér. Og þó hann og fleiri séu oft og einatt að stagsat á því, að viðhald íslenskrar tungu og þjóðernis
sé
ómöglegt hér; finnst mér og efalaust miklum fjölda vesturíslendinga að það; í þess fullu merkingu; geti ekki orðið; og býsn lúalegt að vera að stagast á því, sem í raun og veru er ekkert lífsspursmál, nei, spursmálið okkar vesturíslend
inga
með íslensku þjóðinni ætti að vera þett;
(hvaðan sem höfum eignast það.)
höldum fast við það góða, en höfnum því illa, og leggist vesturíslengar þó fáir séu sameiginlega á þá sveif með dreingilegri aðstöð
einlægra manna heima, þá mun framtíðin sýna það að íslendsk tinga og þjóðerni fær hér fastar og góðar rætur, auð
vitað
með því, (eins og sagði áðan) með því að sá góða sæðinu en senda illgresis
ið til
fræið til þeirra sem, gerast
þeir
ódrengir að ganga örna sinna
á
þá fáu
gróðrar
fögru gróðrareiti sem vesturíslendingar hafa stofnsett hér til viðhalds því besta, og, sem þeira unna messt úr íslenskri tungu og íslenskr mold. Eg sé nú engin blöð að heiman hef ekki fengið "Norðurland„ síðan Sigurður læknir Hjörls. hætti, hef einkverstaðar séð að sum blöð heima hafi lofað ritling þennan já fróðlegt væri að heyra það, sem þau hafa fundið lofsamlegt við hann; Hvað heitir blaðið sem Þorólfur Baldi stýrir. Eg sé í íslandsfréttum að Sigurður frændi í Felli er orðin þingmaður
2) maské Ráðherra
já þetta átti hann eftir í elli sinni og má það heita vel gert, eg man nú ekki hvaða flokki hann tilheyrir vona að
hann
sé ekki þversummaður
og
því það "soundar svo funny; I telle you„
1) vesturislénska í vestu mynd ættuð úr winnipeg.
Langsum þykir mér leiðinlegt líka; en eg held annars að mér sé betra að fara ekki
útí
neina stjórnfræðis sálma, því til að botna í
þeim
nótum þyrfti maður að vera staddur mitt í því margraddaða moldviðri. Hvernig geðjast þér að viðurnöfnunum nýju, máské ekki verta að láta
sig
klæja mikið undan svoddan "sektum„ ef þær eru íslendskar, datt í
hug þetta: "Bara ef lúsin o.s.frv.„
(19. janúar) bráðum 3 vikur síðan eg byrjaði bréfið. Búin að lesa "á heimleið„ Línu þykir hún of mikil raunarolla og víst er hún það, en þráður hennar spunninn úr mjállhreinu þeli, ætti því að geta yljað þeim sem ekki eru enn gengnir fyrir stapann í trúarlegum efnum; eitt er víst, að heim nær hún betur en "Kvaran„ til dæmis í "Ofurefli„ og "Gulli„ já en eg þarf að biðja þig fyrirgefningar á að eg freistaðist til að lesa hina bókina líka því altaf hef eg gaman af lesa það sem E. H. ritar, því hann er snillingur að lýsa hugsanaferli personanna og segir oftast frá honum á svo neiðarlega einkennilegan máta og töluverð nautn finnst
mér
í að lesa sögur hans ef maður reynir að bera þær fram, eins og puntar hanns og prik kalla fyrir.
En nú má eg til að fara að ljúka við þetta bréf, núna 20. jan og núna
kom
bréfmiði frá Sigurbjörgu dóttur Helga sál Stefánssonar og utanáskrift þeirra mæðgnanna, svo bókina sendi eg nú með næstu ferð á Pósthúsið. Utanáskrift þeirra er núna
mrs H. Stefansson
Suite 21 Thelma Mansions
Burnell Street
Winnipeg man.
Stephan sendir Þuru frænku kæra kveðju og koss af hverjum fingri fyrir myndina og að hann
skuli
geyma hana í góðum stað auðvitað ekki altof lengi.? því nú sé hann orðin 21, og meðan blóðið
sé
heitt og hjartað er
ungt
Olla sendir þér mynd af sér og Árna, hún var tekin núna í desember og er býsna lík þeim. Svo ætla eg að senda þuru nokrar smásögur á dönsku.
Þe00
eru allar góðar og myndirnar líka ein er eftir íslending. Líka ætla eg að senda ykkur 2 kvæði gömul og góð þýdd á ensku og sem við klypptum úr ensku blaði Minneota Mascot og gefið út
f
íslending; kvæðin er "Veiðimaðurinn„ eftir K. J. og "Við hafið„ eftir
Matth. J.
Stgr
Thorsteinson
þýdd af séra Runólfi Fjeldsted. Segðu St bráðum að eg muni senda honum almanökin Ólafs fyrir 1916 og seytján þegar eg er búin að fá það síðara.
Læt svo þetta duga í bráðina, því eg þarf að skrifa, 2 bréf í dag. Það er sunnudagur
21
janúar frost og bjart og sólskin í hverju horni og snarkar í ofninum. Árni er
að
raka sig Stephán að spila á fíólín og syngur undir ástarkvæði eftir Stgr líklega að hugsa um þuru frænku? Lína að hita á katlinum Stjana að baka kaffibrauð Johann, Árnína, og Björn að spila hjónasæng. Stína ekki heima núna
Þinn elskandi bróðir Þórarinn Stefansson